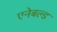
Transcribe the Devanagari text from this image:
एनेबल्‍ड